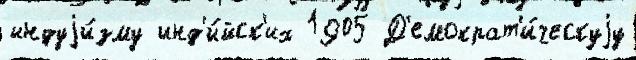
индуjи́зму инд'и́йск'их 1905 Д'емократ'и́ческуjу